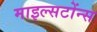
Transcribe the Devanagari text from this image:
माइल्सटोंन्स